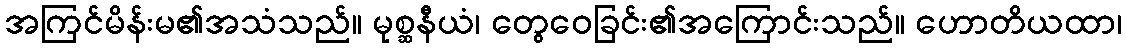
အကြင်မိန်းမ၏အသံသည်။ မုစ္ဆနီယံ၊ တွေဝေခြင်း၏အကြောင်းသည်။ ဟောတိယထာ၊